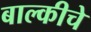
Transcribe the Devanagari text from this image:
बाल्कीचे